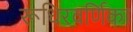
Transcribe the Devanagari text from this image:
रूधिरवर्णिका